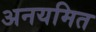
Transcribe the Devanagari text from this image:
अनयमित